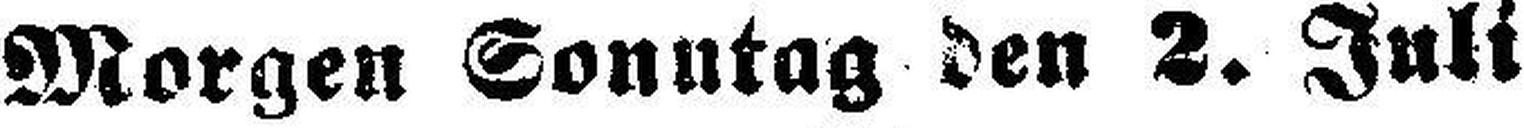
Morgen Sonntag den 2. Juli